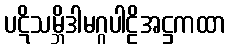
ပဋိသမ္ဘိဒါမဂ္ဂပါဠိအဋ္ဌကထာ